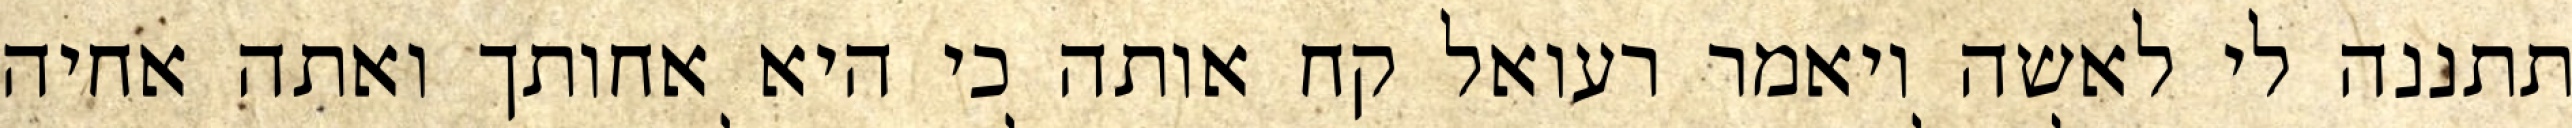
תתננה לי לאשה ויאמר רעואל קח אותה כי היא אחותך ואתה אחיה